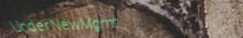
UnderNewMgmt